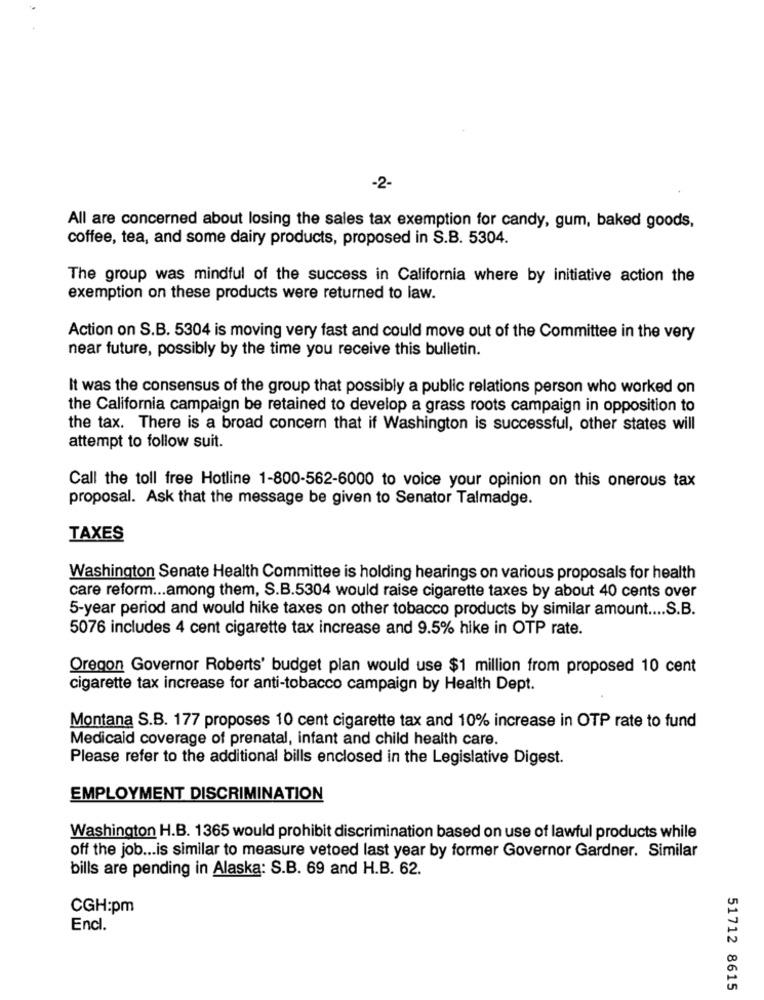
-2-
All are concerned about losing the sales tax exemption for candy, gum, baked goods,
coffee, tea, and some dairy products, proposed in S.B. 5304.
The group was mindful of the success in California where by initiative action the
exemption on these products were returned to law.
Action on S.B. 5304 is moving very fast and could move out of the Committee in the very
near future, possibly by the time you receive this bulletin.
It was the consensus of the group that possibly a public relations person who worked on
the California campaign be retained to develop a grass roots campaign in opposition to
the tax. There is a broad concern that if Washington is successful, other states will
attempt to follow suit.
Call the toll free Hotline 1-800-562-6000 to voice your opinion on this onerous tax
proposal. Ask that the message be given to Senator Talmadge.
TAXES
Washington Senate Health Committee is holding hearings on various proposals for health
care reform ... among them, S.B.5304 would raise cigarette taxes by about 40 cents over
5-year period and would hike taxes on other tobacco products by similar amount .... S.B.
5076 includes 4 cent cigarette tax increase and 9.5% hike in OTP rate.
Oregon Governor Roberts' budget plan would use $1 million from proposed 10 cent
cigarette tax increase for anti-tobacco campaign by Health Dept.
Montana S.B. 177 proposes 10 cent cigarette tax and 10% increase in OTP rate to fund
Medicaid coverage of prenatal, infant and child health care.
Please refer to the additional bills enclosed in the Legislative Digest.
EMPLOYMENT DISCRIMINATION
Washington H.B. 1365 would prohibit discrimination based on use of lawful products while
off the job ... is similar to measure vetoed last year by former Governor Gardner. Similar
bills are pending in Alaska: S.B. 69 and H.B. 62.
CGH:pm
Encl.
51712 8615